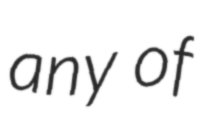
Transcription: any of